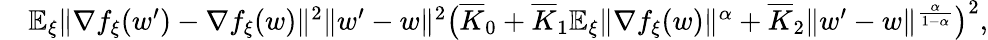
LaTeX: \begin{array}{rl}&{\mathbb{E}_{\xi}\| \nabla f_{\xi}(w^{\prime})-\nabla f_{\xi}(w)\| ^{2}\le\| w^{\prime}-w\| ^{2}\big(\overline{{K}}_{0}+\overline{{K}}_{1}\mathbb{E}_{\xi}\| \nabla f_{\xi}(w)\| ^{\alpha}+\overline{{K}}_{2}\| w^{\prime}-w\| ^{\frac{\alpha}{1-\alpha}}\big)^{2},}\end{array}